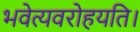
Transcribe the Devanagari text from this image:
भवेत्यवरोहयति।